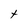
Character: t